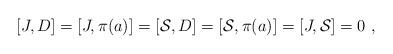
LaTeX: \begin{align*}[J,D]=[J,\pi(a)]=[\mathcal{S},D]=[\mathcal{S},\pi(a)]=[J,\mathcal{S}]=0~,\end{align*}